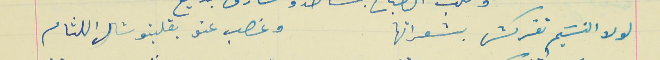
لولا النسَيم تفركش بشعراتها                                وغصب عنو بقلبتو شال اللثام